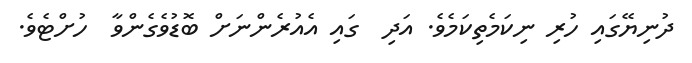
ދުނިޔޭގައި ހުރި ނިކަމެތިކަމެވެ. އަދި  ގައި އެއުރެންނަށް ބޮޑުވެގެންވާ  ހުށްޓެވެ.